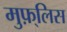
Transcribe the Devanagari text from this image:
मुफ़्लिस